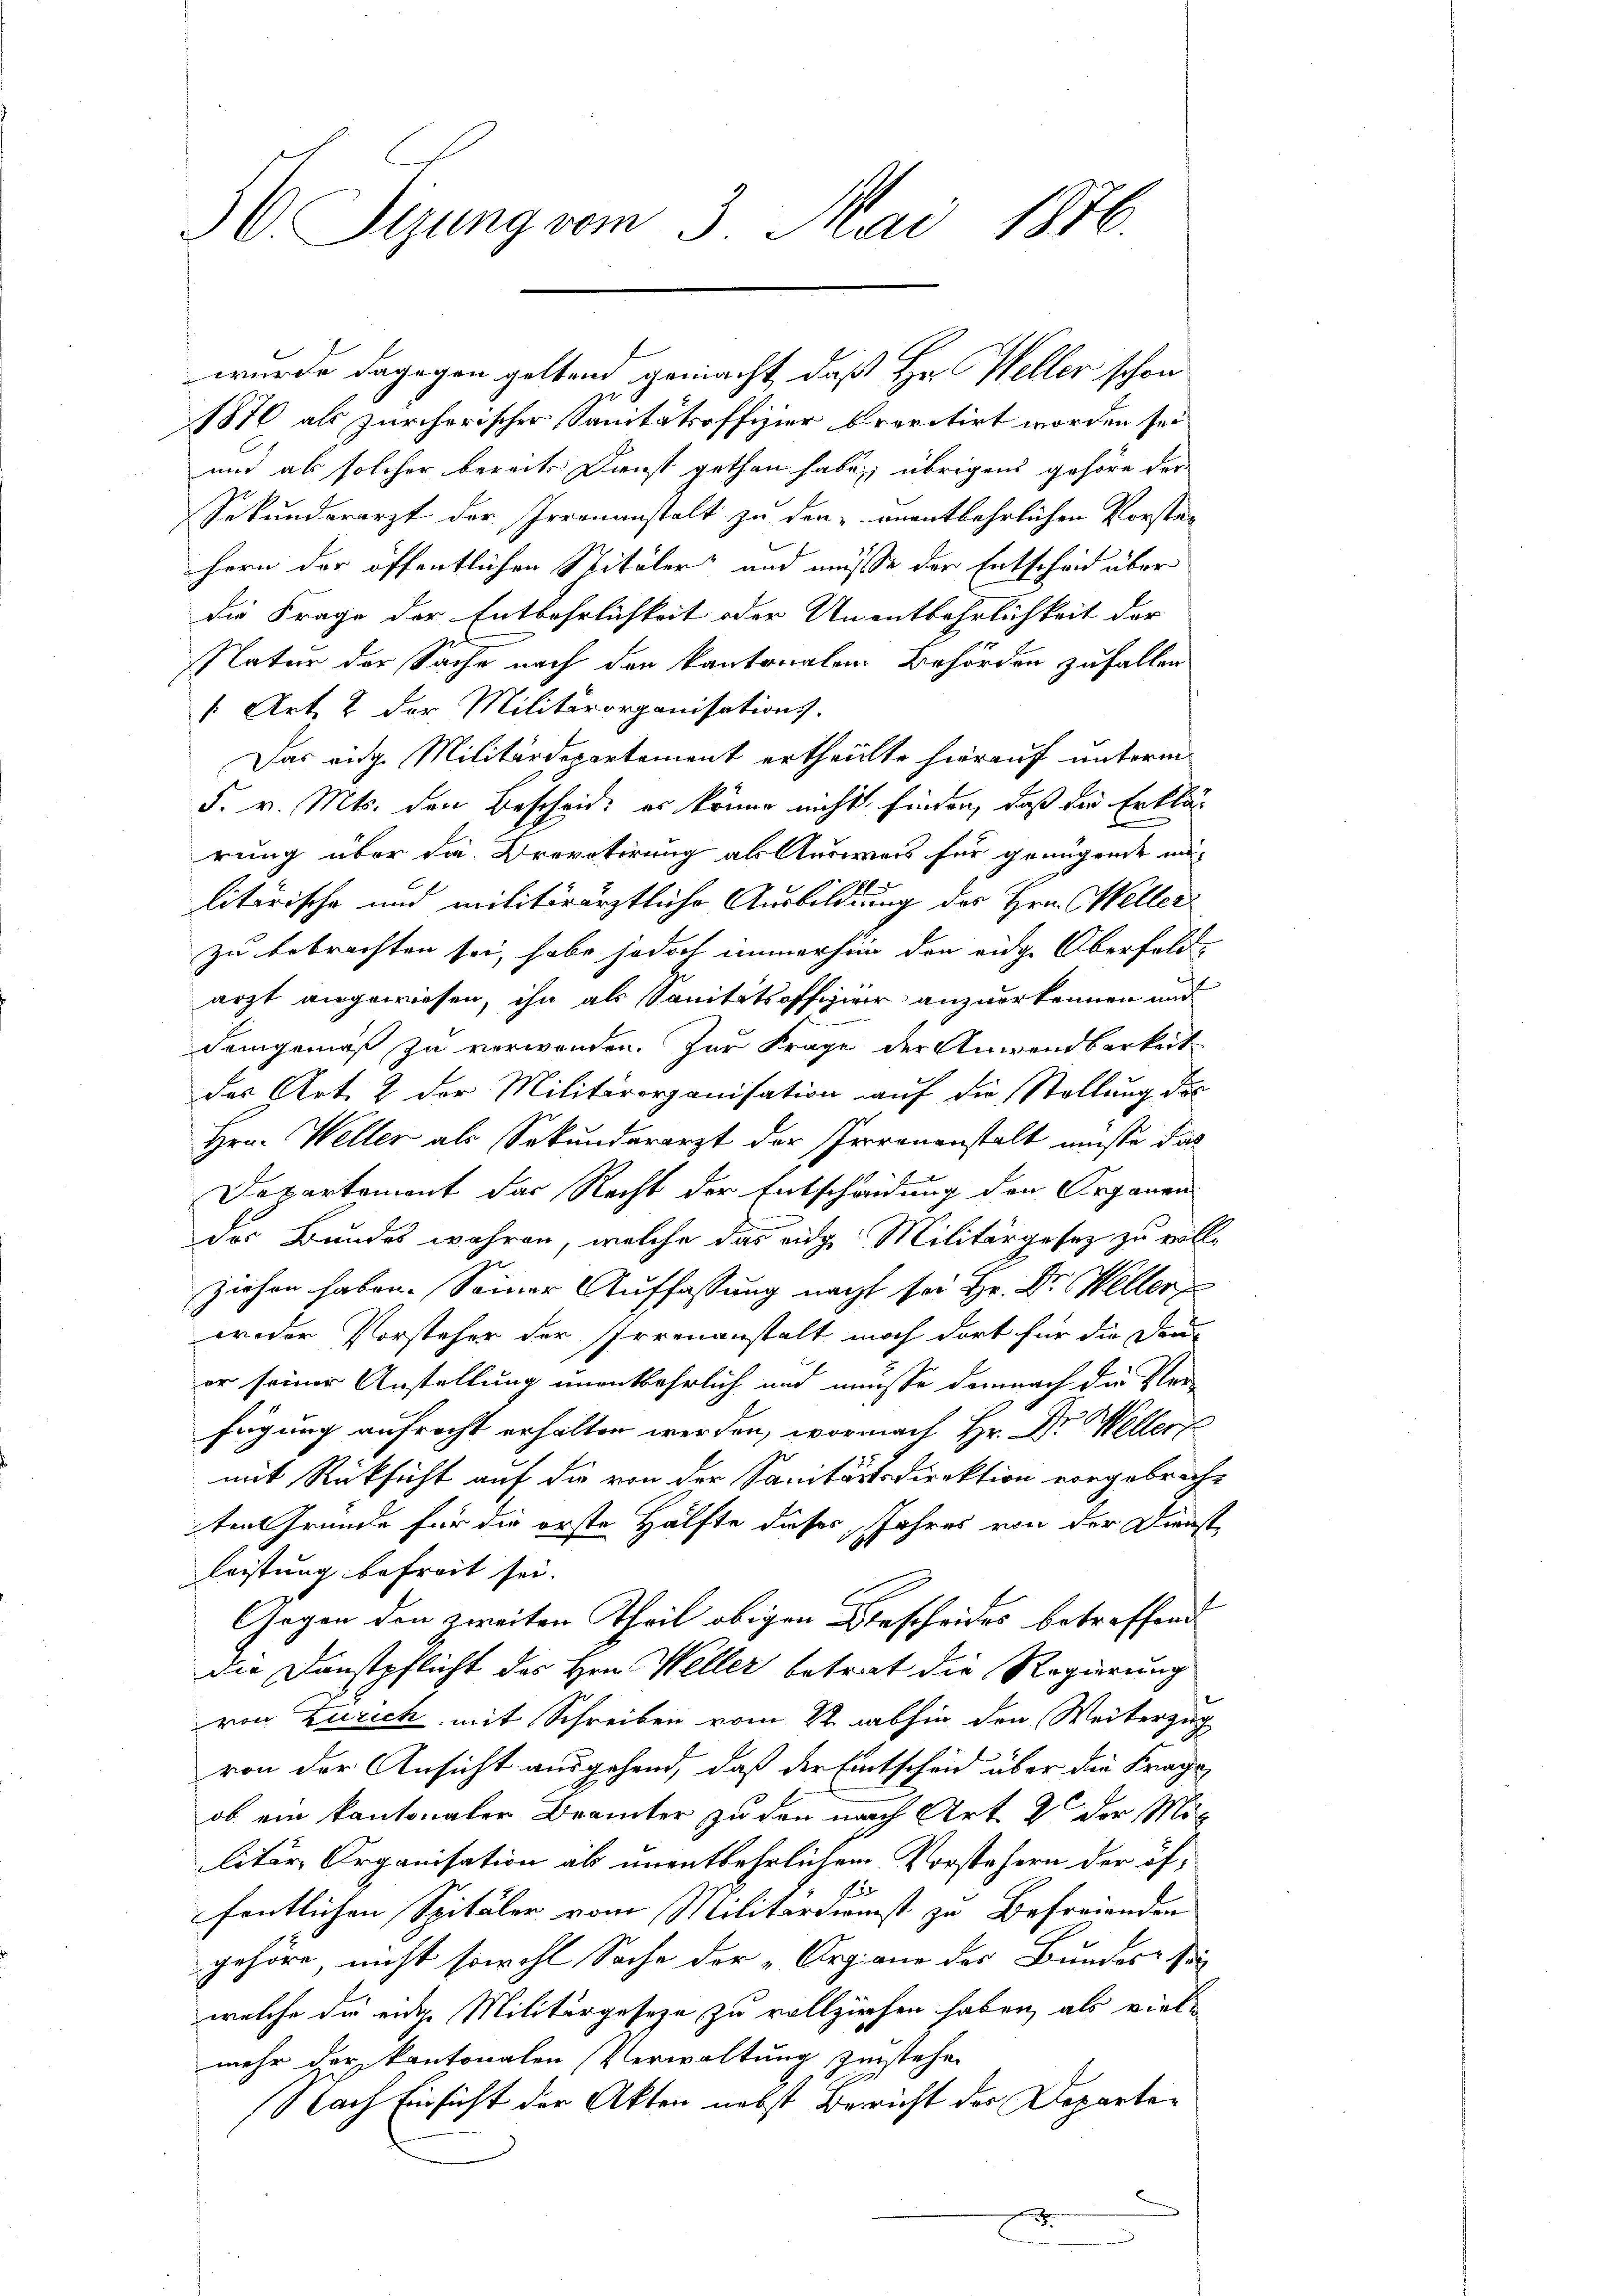
H Sizung vom 3. Mai 1876.

wurde dagegen geltend gemacht, daß Hr. Weller schon
1870 als zürcherischer Sanitätsoffizier brevitirt worden sei
und als solcher bereits Dienst gethan habe, übrigens gehöre der
Sekunderarzt der Irrenanstalt zu den anentbehrlichen Vorstahern der öffentlichen Spitäler und müsse der Entscheid über
die Frage der Entbehrlichkeit oder Unentbehrlichkeit der
NNatur der Sache nach den kantonalem Behörden zufallen
1 Art. 2 der Militärorganisations-
Das eidg. Militärdepartement ertheilte hierauf unterm
F. v. Mts. den Bescheid es könne nicht finden, daß die Erklär
rung über die Drevotirung als Ausweis für genügende mi
litärische und militärärztliche Ausbildung des Hrn. Weller
zu bebrachten sei, habe jedoch immerhin den eidge Oberfeld-
arzt angewiesen, ihn als Sanitätsoffizier anzuerkennen und
Demgemäß zu verwenden. Zur Frage der Anwendbarkeit
des Art. 2 der Militärorganisation auf die Stellung des
Hrn. Weller als Sekunderarzt der Irrenanstalt müsse das
Departement der Recht der Entscheidung den Organen
der Bundes wahren, welche das eidg. Militärgesez zu voll-
ziehen haben. Seiner Auffassung nacht sei Hr. Dr. Keller
woder Vorsteher der Irrenanstalt noch dort für die Dau-
er seiner Anstellung unentbehrlich und müsse demnach die Ver-
fügung aufrecht erhalten werden, wornach Hr. Dr Weller
mit Rücksicht auf die von der Sanitätsdirektion vorgebrache
ten Gründe für die erste Hälfte dieses Jahres von der Dienst
leistung befreit sei.
Gegen den zweiten Theil obigen Bescheides betreffend
die Dunstpflicht des Hrn. Weller betrat die Regierung
von Zürich mit Schreiben vom 22. abhin den Weiterzug
von der Ansicht ausgehend, daß der Entscheid über die Frage
ob ein kantonaler Brämter zu den nach Art. 2 der Mit
litär Organisation als unentbehrlichen Vorstehern der öffentlichen Spitäler vom Militärdienst zu Befreienden
gehöre, nicht sowohl Sache der „Organe der Bundes Pri
welche die eidge Militärgeseze, zu vollziehen haben, als vielmehr der kantonalen Verwaltung zustehe.
Nach Einsicht der Akten nebst Bericht der Departe¬
u